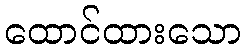
ထောင်ထားသော